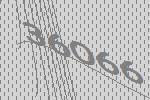
36066